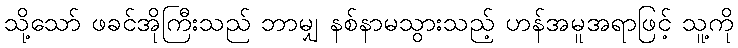
သို့သော် ဖခင်အိုကြီးသည် ဘာမျှ နစ်နာမသွားသည့် ဟန်အမူအရာဖြင့် သူ့ကို